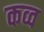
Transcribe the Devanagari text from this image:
कव्व